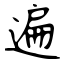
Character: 遍